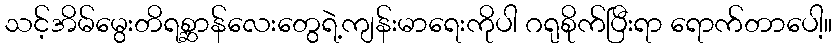
သင့်အိမ်မွေးတိရစ္ဆာန်လေးတွေရဲ့ကျန်းမာရေးကိုပါ ဂရုစိုက်ပြီးရာ ရောက်တာပေါ့။